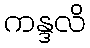
ကန္ဒလိ